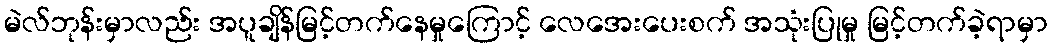
မဲလ်ဘုန်းမှာလည်း အပူချိန်မြင့်တက်နေမှုကြောင့် လေအေးပေးစက် အသုံးပြုမှု မြင့်တက်ခဲ့ရာမှာ